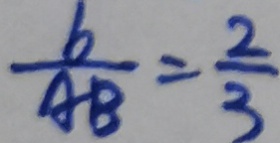
\frac { b } { A B } = \frac { 2 } { 3 }